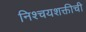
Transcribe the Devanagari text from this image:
निश्चयशक्तीची